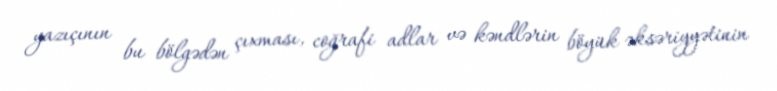
yazıçının bu bölgədən çıxması, coğrafi adlar və kəndlərin böyük əksəriyyətinin